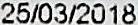
25/03/2018